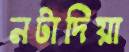
নটাদিয়া